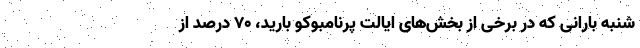
شنبه بارانی که در برخی از بخش‌های ایالت پرنامبوکو بارید، ۷۰ درصد از